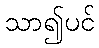
သာ၍ပင်